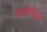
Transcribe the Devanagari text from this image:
अधोरचित